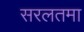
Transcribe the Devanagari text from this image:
सरलतमा